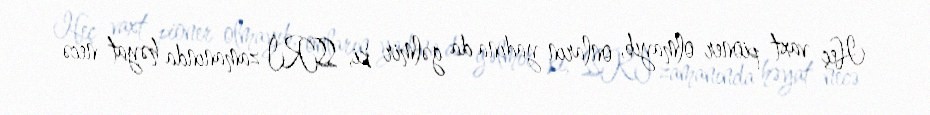
Heç vaxt pioner olmayıb, onların yadına da gəlmir ki, SSRİ zamanında həyat necə